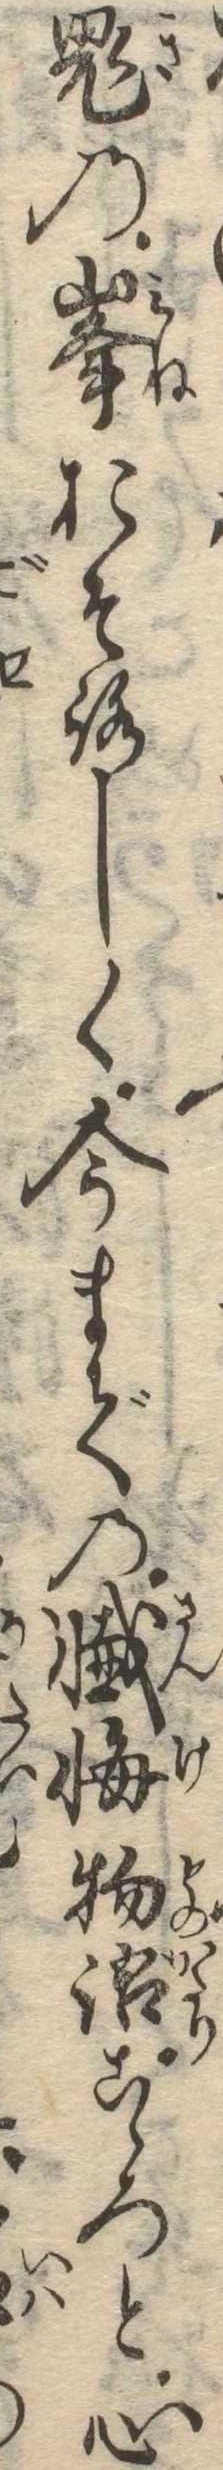
鬼の峰おそろしく今までの懺悔物語こゝろと心